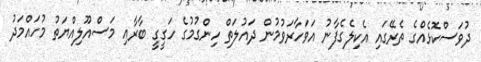
ދުވަސްކޮޅެއްގެ ތެރޭގައި އެކިލެގެފާނު އަވަހާރަވުމުން ދައުލަތް ހިންގުމުގެ ހަގީގީ ބާރާއި މަސްއޫލިއްޔަތު މުހައްމަދު